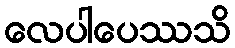
လေပါပေဿသိ